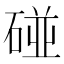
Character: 碰